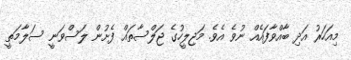
މިއަހަރު އަދި ބާއްވާފައެއް ނުވެ އެވެ. މަޖިލީހުގެ ޖަލްސާތައް ފެށުން ލަސްވަނީ ސަލާމަތީ